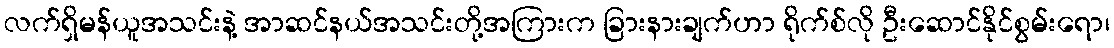
လက်ရှိမန်ယူအသင်းနဲ့ အာဆင်နယ်အသင်းတို့အကြားက ခြားနားချက်ဟာ ရိုက်စ်လို ဦးဆောင်နိုင်စွမ်းရော၊